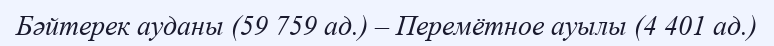
Бәйтерек ауданы (59 759 ад.) – Перемётное ауылы (4 401 ад.)